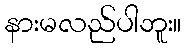
နားမလည်ပါဘူး။